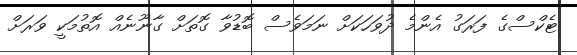
ޓެކްސްގެ ފަރަގު އެންމެ ދުވަހަކަށް ނަމަވެސް ބޮޑުވާ ގޮތަށް ގާނޫނެއް އޮތުމަކީ ވަރަށް